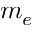
m _ { e }